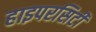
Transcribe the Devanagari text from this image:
हाइपरसिटी